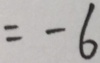
= - 6